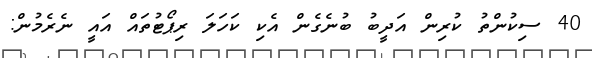
40 ސިކުންތު ކުރިން އަދީބު ބުނެގެން އެކި ކަހަލަ ރިޕޯޓުތައް އައީ ނެރެމުން: